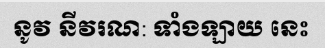
នូវ នីវរណ: ទាំងឡាយ នេះ